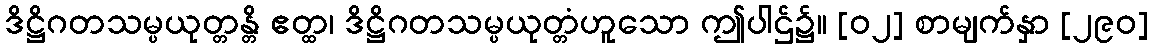
ဒိဋ္ဌိဂတသမ္ပယုတ္တန္တိ ဧတ္ထ၊ ဒိဋ္ဌိဂတသမ္ပယုတ္တံဟူသော ဤပါဌ်၌။ [၀၂] စာမျက်နှာ [၂၉၀]